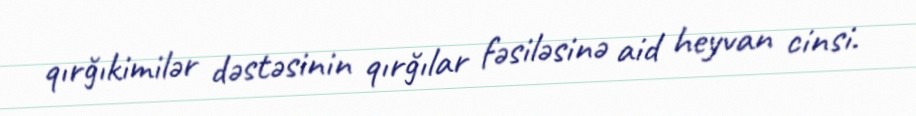
qırğıkimilər dəstəsinin qırğılar fəsiləsinə aid heyvan cinsi.